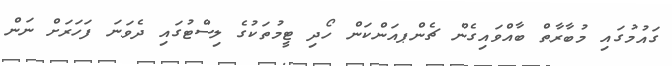
ގައުމުގައި މުބާރާތް ބާއްވައިގެން ޗެންޕއަންކަން ހޯދި ޓީމުތަކުގެ ލިސްޓުގައި ދެވަނަ ފަހަރަށް ނަން